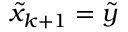
\tilde { x } _ { k + 1 } = \tilde { y }